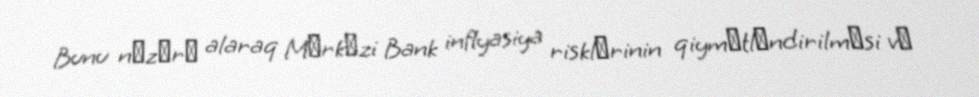
Bunu nәzәrә alaraq Mәrkәzi Bank inflyasiya risklәrinin qiymәtlәndirilmәsi vә